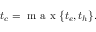
t _ { c } = \mathrm { ~ m ~ a ~ x ~ } \{ t _ { e } , t _ { h } \} .